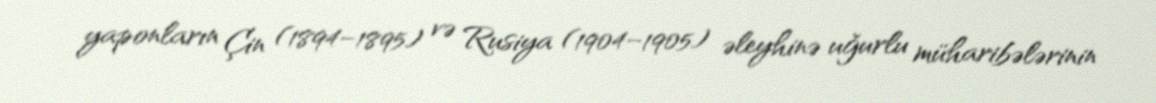
yaponların Çin (1894–1895) və Rusiya (1904–1905) əleyhinə uğurlu müharibələrinin